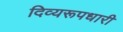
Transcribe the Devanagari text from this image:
दिव्यरूपधारी